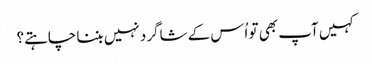
‏ کہیں آپ بھی تو اُس کے شاگرد نہیں بننا چاہتے؟